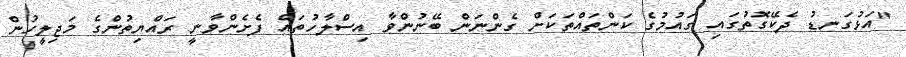
"އަޅުގަނޑު ދެކޭގޮތުގައި ގައުމުގެ ކަންތައްތަކަށް ގެންނަން ބޭނުންވާ އިސްލާހުތައް ފެށެންވާނީ ރައްޔިތުންގެ މަޖިލީހުން